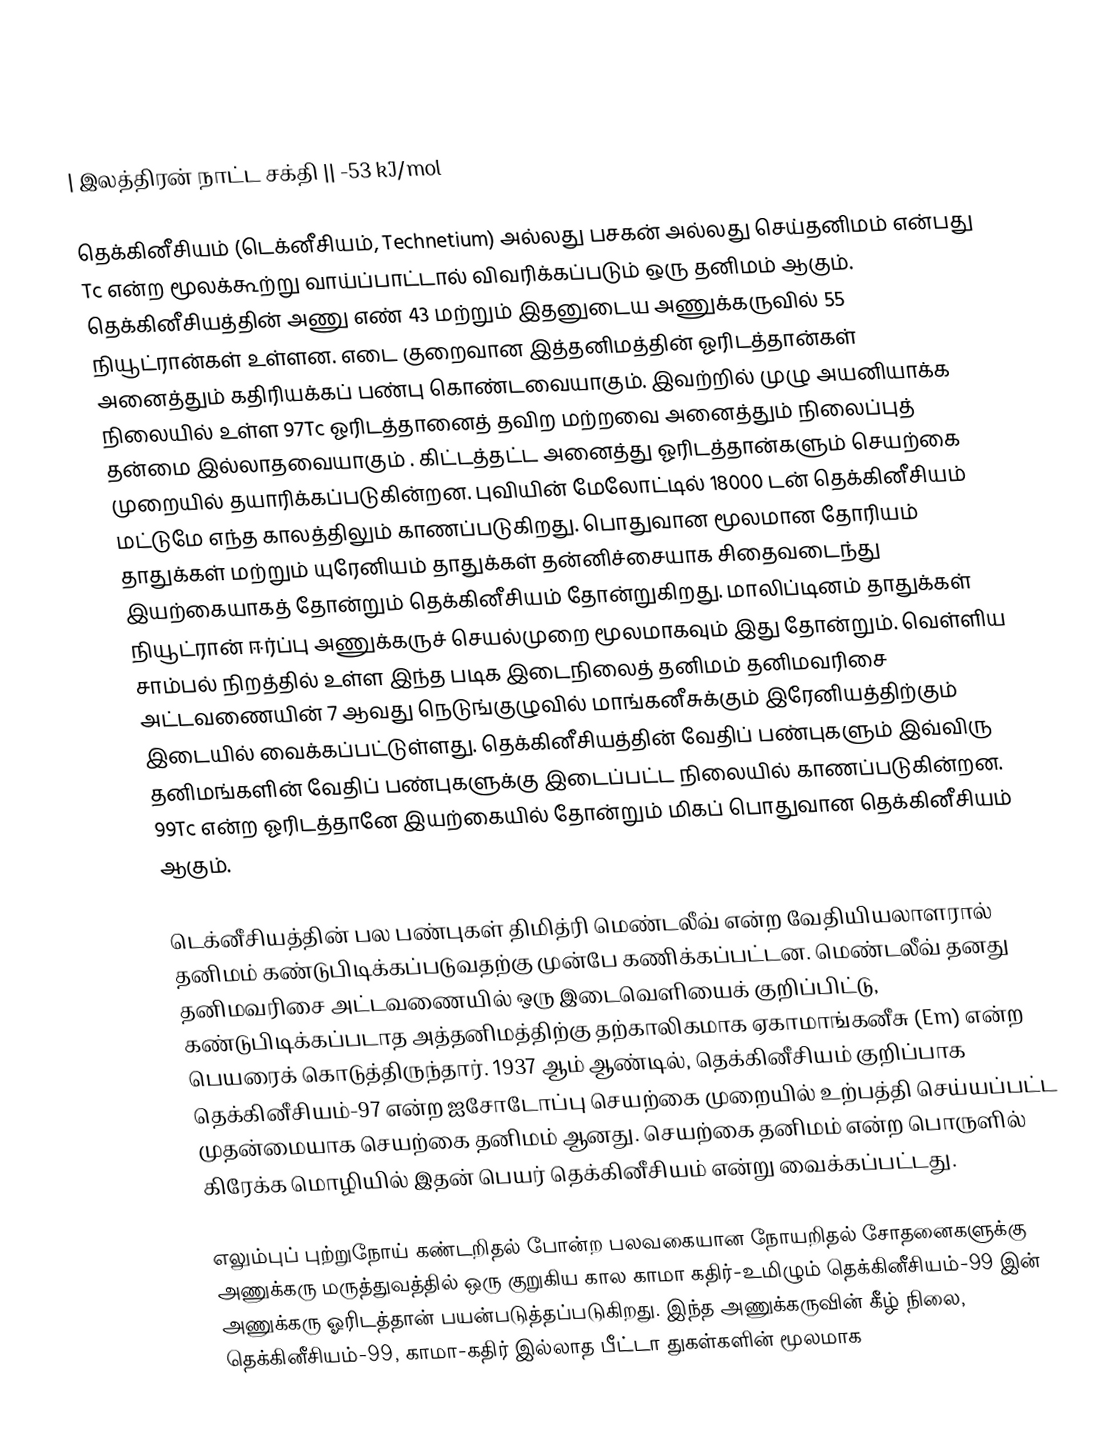
|-
| இலத்திரன் நாட்ட சக்தி || -53 kJ/mol

தெக்கினீசியம் (டெக்னீசியம், Technetium)  அல்லது பசகன் அல்லது செய்தனிமம் என்பது Tc  என்ற மூலக்கூற்று வாய்ப்பாட்டால் விவரிக்கப்படும் ஒரு தனிமம் ஆகும். தெக்கினீசியத்தின் அணு எண் 43 மற்றும் இதனுடைய அணுக்கருவில் 55 நியூட்ரான்கள் உள்ளன. எடை குறைவான இத்தனிமத்தின் ஓரிடத்தான்கள் அனைத்தும் கதிரியக்கப் பண்பு கொண்டவையாகும். இவற்றில் முழு அயனியாக்க நிலையில் உள்ள 97Tc ஓரிடத்தானைத் தவிற மற்றவை அனைத்தும் நிலைப்புத் தன்மை இல்லாதவையாகும் . கிட்டத்தட்ட அனைத்து ஓரிடத்தான்களும் செயற்கை முறையில் தயாரிக்கப்படுகின்றன. புவியின் மேலோட்டில் 18000 டன் தெக்கினீசியம் மட்டுமே எந்த காலத்திலும் காணப்படுகிறது. பொதுவான மூலமான தோரியம் தாதுக்கள் மற்றும் யுரேனியம் தாதுக்கள் தன்னிச்சையாக சிதைவடைந்து இயற்கையாகத் தோன்றும் தெக்கினீசியம் தோன்றுகிறது. மாலிப்டினம் தாதுக்கள் நியூட்ரான் ஈர்ப்பு அணுக்கருச் செயல்முறை மூலமாகவும் இது தோன்றும். வெள்ளிய சாம்பல் நிறத்தில் உள்ள இந்த படிக இடைநிலைத் தனிமம் தனிமவரிசை அட்டவணையின் 7 ஆவது நெடுங்குழுவில் மாங்கனீசுக்கும் இரேனியத்திற்கும் இடையில் வைக்கப்பட்டுள்ளது. தெக்கினீசியத்தின் வேதிப் பண்புகளும் இவ்விரு தனிமங்களின் வேதிப் பண்புகளுக்கு இடைப்பட்ட நிலையில் காணப்படுகின்றன. 99Tc என்ற ஓரிடத்தானே இயற்கையில் தோன்றும் மிகப் பொதுவான தெக்கினீசியம் ஆகும்.

டெக்னீசியத்தின் பல பண்புகள் திமித்ரி மெண்டலீவ் என்ற வேதியியலாளரால் தனிமம்  கண்டுபிடிக்கப்படுவதற்கு முன்பே கணிக்கப்பட்டன. மெண்டலீவ் தனது தனிமவரிசை அட்டவணையில் ஒரு இடைவெளியைக் குறிப்பிட்டு, கண்டுபிடிக்கப்படாத அத்தனிமத்திற்கு தற்காலிகமாக ஏகாமாங்கனீசு (Em) என்ற பெயரைக் கொடுத்திருந்தார். 1937 ஆம் ஆண்டில், தெக்கினீசியம் குறிப்பாக தெக்கினீசியம்-97 என்ற ஐசோடோப்பு செயற்கை முறையில் உற்பத்தி செய்யப்பட்ட   முதன்மையாக செயற்கை தனிமம் ஆனது. செயற்கை தனிமம் என்ற பொருளில் கிரேக்க மொழியில் இதன் பெயர் தெக்கினீசியம் என்று வைக்கப்பட்டது.

எலும்புப் புற்றுநோய் கண்டறிதல் போன்ற பலவகையான நோயறிதல் சோதனைகளுக்கு அணுக்கரு மருத்துவத்தில் ஒரு குறுகிய கால காமா கதிர்-உமிழும் தெக்கினீசியம்-99 இன் அணுக்கரு ஓரிடத்தான் பயன்படுத்தப்படுகிறது. இந்த அணுக்கருவின் கீழ் நிலை, தெக்கினீசியம்-99, காமா-கதிர் இல்லாத பீட்டா துகள்களின் மூலமாக